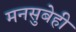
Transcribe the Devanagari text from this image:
मनसुबेही